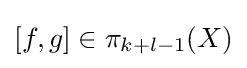
[f,g]\in \pi _{k+l-1}(X)